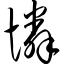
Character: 怜